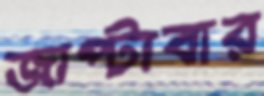
জাপ্‌টাবার